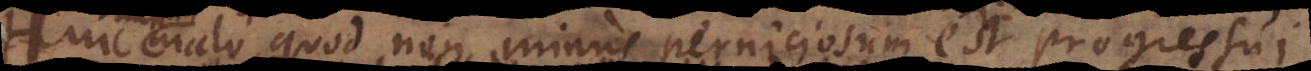
juvenilium quod non minus perniciosum est progressui